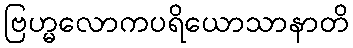
ဗြဟ္မလောကပရိယောသာနာတိ